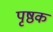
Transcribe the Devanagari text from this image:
पृष्ठक